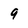
Character: 9